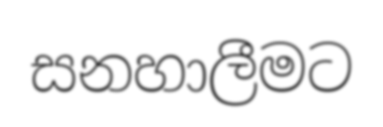
සනහාලීමට